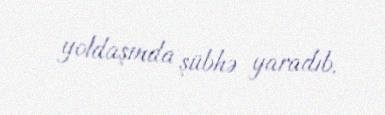
yoldaşında şübhə yaradıb.